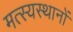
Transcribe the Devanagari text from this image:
मत्स्यस्थानों